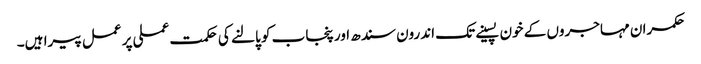
حکمران مہاجروں کے خون پسینے تک اندرون سندھ اور پنجاب کو پالنے کی حکمت عملی پر عمل پیرا ہیں۔